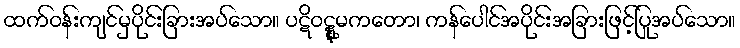
ထက်ဝန်းကျင်မှပိုင်းခြားအပ်သော။ ပဋိဝဋ္ဋုမကတော၊ ကန်ပေါင်အပိုင်းအခြားဖြင့်ပြုအပ်သော။